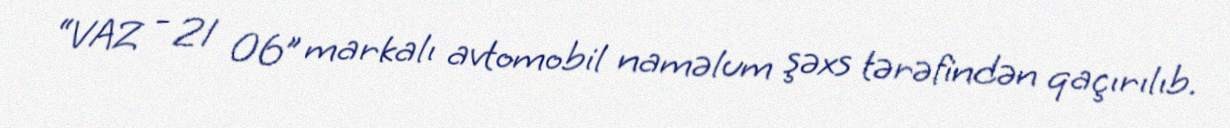
“VAZ - 21 06” markalı avtomobil naməlum şəxs tərəfindən qaçırılıb.